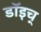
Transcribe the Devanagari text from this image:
डॉइच्